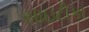
સાઇટીકા